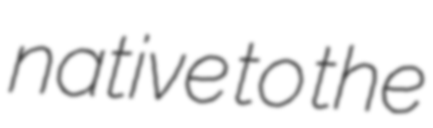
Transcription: native to the